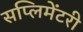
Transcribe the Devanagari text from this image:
सप्लिमेंटरी